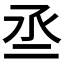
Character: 𠄪